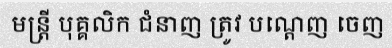
មន្ត្រី បុគ្គលិក ជំនាញ ត្រូវ បណ្តេញ ចេញ